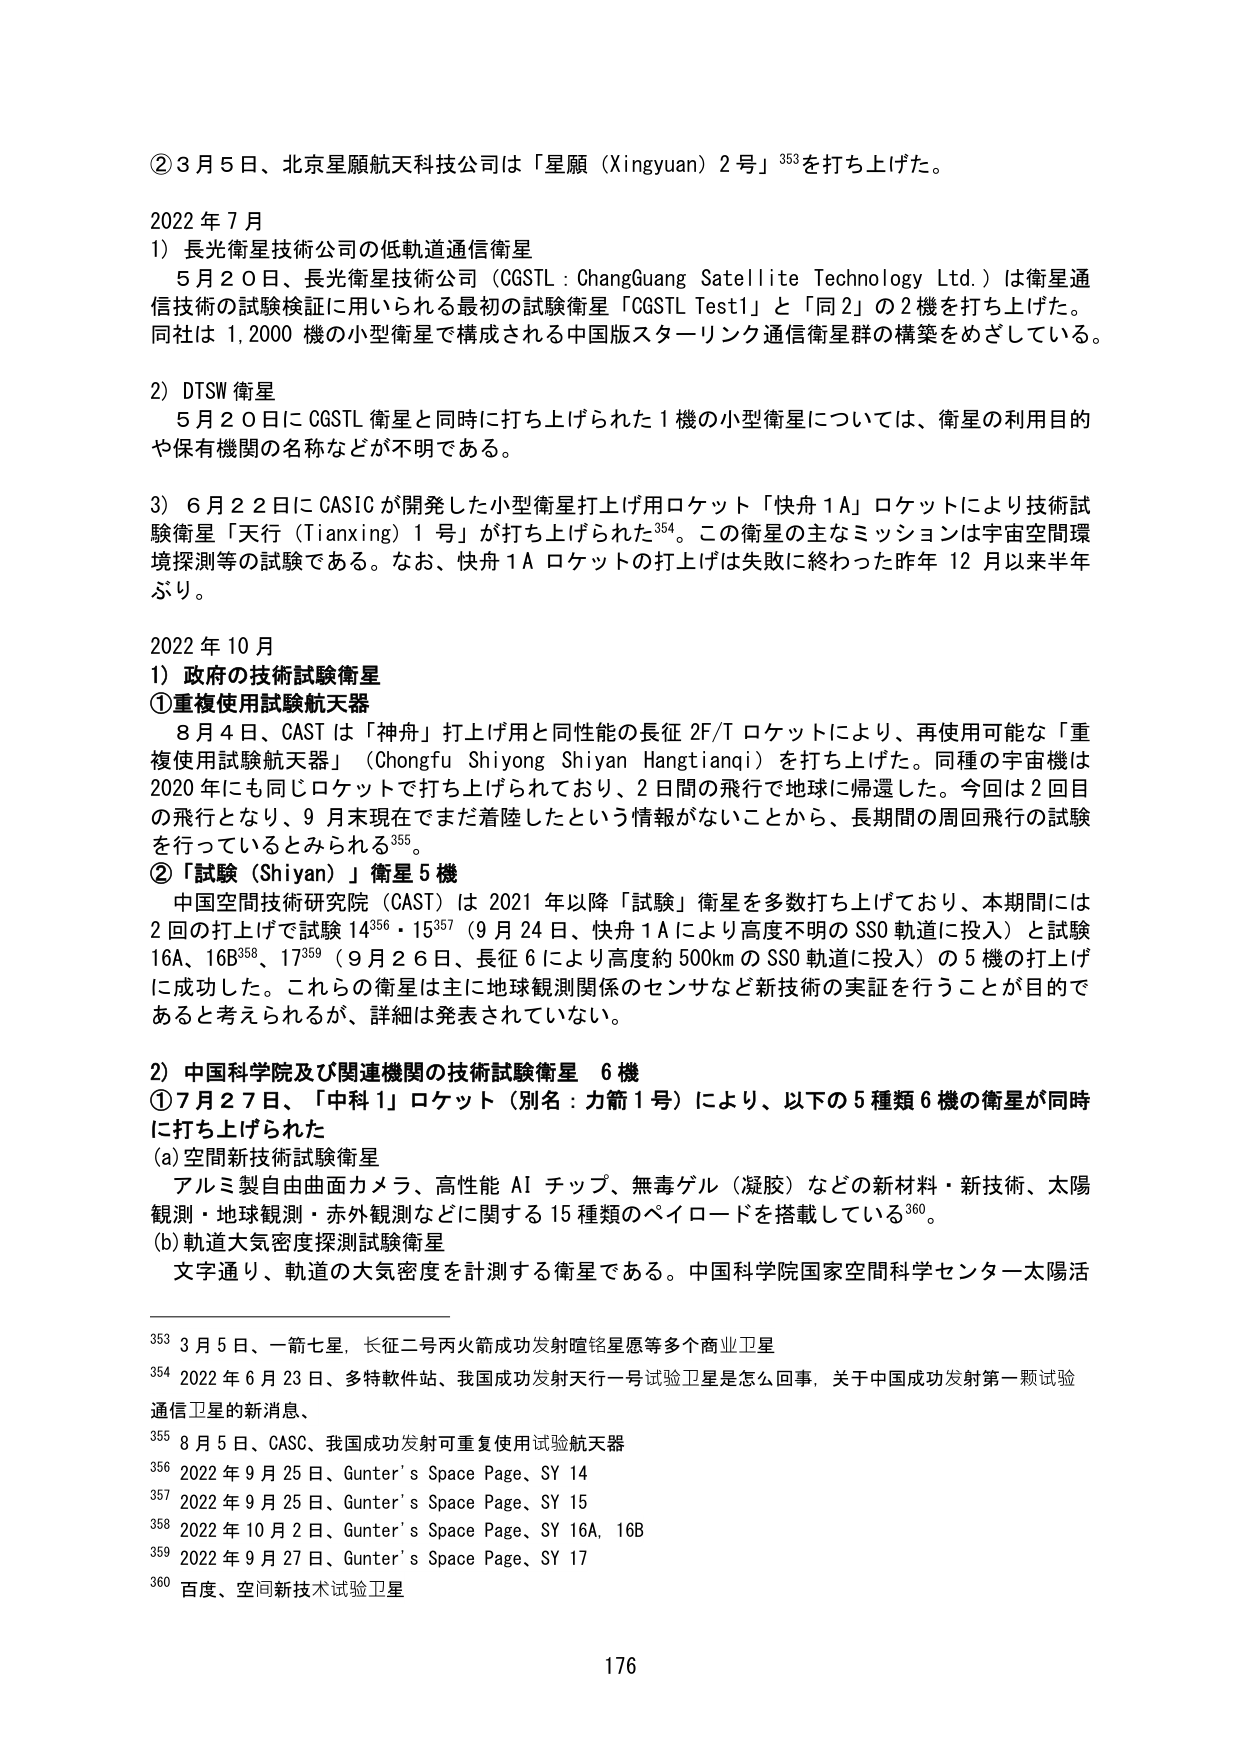
② 3月5日、北京星願航天科技公司は「星願（Xingyuan）2号」353を打ち上げた。

2022年7月
1）長光衛星技術公司の低軌道通信衛星
　5月20日、長光衛星技術公司（CGSTL：ChangGuang Satellite Technology Ltd.）は衛星通信技術の試験検証に用いられる最初の試験衛星「CGSTL Test1」と「同2」の2機を打ち上げた。同社は1,2000機の小型衛星で構成される中国版スターリンク通信衛星群の構築をめざしている。

2）DTSW衛星
　5月20日にCGSTL衛星と同時に打ち上げられた1機の小型衛星については、衛星の利用目的や保有機関の名称などが不明である。

3）6月22日にCASICが開発した小型衛星打上げ用ロケット「快舟1A」ロケットにより技術試験衛星「天行（Tianxing）1号」が打ち上げられた354。この衛星の主なミッションは宇宙空間環境探測等の試験である。なお、快舟1Aロケットの打上げは失敗に終わった昨年12月以来半年ぶり。

2022年10月
1）政府の技術試験衛星
① 重複使用試験航天器
　8月4日、CASTは「神舟」打上げ用と同性能の長征2F/Tロケットにより、再使用可能な「重複使用試験航天器」（Chongfu Shiyong Shiyuan Hangtianqi）を打ち上げた。同種の宇宙機は2020年にも同じロケットで打ち上げられており、2日間の飛行で地球に帰還した。今回は2回目の飛行となり、9月末現在でまだ着陸したという情報がないことから、長期間の周回飛行の試験を行っているとみられる355。

② 「試験（Shiyán）」衛星5機
　中国空間技術研究院（CAST）は2021年以降「試験」衛星を多数打ち上げており、本期間には2回の打上げで試験14356・15357（9月24日、快舟1Aにより高度不明のSSO軌道に投入）と試験16A、16B358、17359（9月26日、長征6により高度約500kmのSSO軌道に投入）の5機の打上げに成功した。これらの衛星は主に地球観測関係のセンサなど新技術の実証を行うことが目的であると考えられるが、詳細は発表されていない。

2）中国科学院及び関連機関の技術試験衛星　6機
① 7月27日、「中科1」ロケット（別名：力箭1号）により、以下の5種類6機の衛星が同時に打ち上げられた
(a) 空間新技術試験衛星
　アルミ製自由曲面カメラ、高性能AIチップ、無毒ゲル（凝胶）などの新材料・新技術、太陽観測・地球観測・赤外観測などに関する15種類のペイロードを搭載している360。
(b) 軌道大気密度探測試験衛星
　文字通り、軌道の大気密度を計測する衛星である。中国科学院国家空間科学センター太陽活

353 3月5日、一箭七星、长征二号丙火箭成功发射暄铭星愿等多个商业卫星
354 2022年6月23日、多特软件站、我国成功发射天行一号试验卫星是怎么回事，关于中国成功发射第一颗试验通信卫星的新消息、
355 8月5日、CASC、我国成功发射可重复使用试验航天器
356 2022年9月25日、Gunter's Space Page、SY 14
357 2022年9月25日、Gunter's Space Page、SY 15
358 2022年10月2日、Gunter's Space Page、SY 16A, 16B
359 2022年9月27日、Gunter's Space Page、SY 17
360 百度、空间新技术试验卫星

176